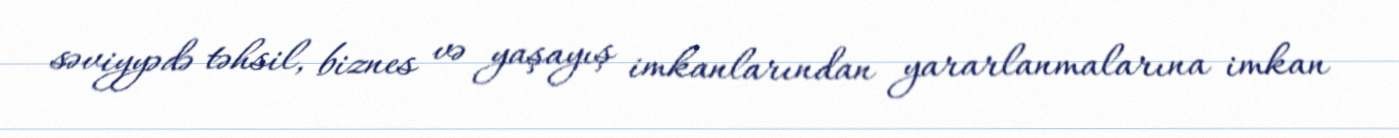
səviyyədə təhsil, biznes və yaşayış imkanlarından yararlanmalarına imkan